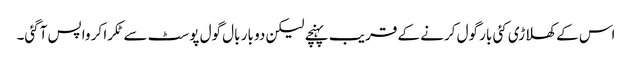
اس کے کھلاڑی کئی بار گول کرنے کے قریب پہنچے لیکن دو بار بال گول پوسٹ سے ٹکرا کر واپس آگئی۔